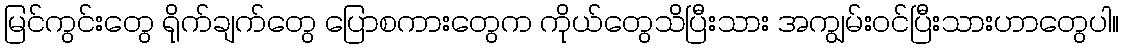
မြင်ကွင်းတွေ ရိုက်ချက်တွေ ပြောစကားတွေက ကိုယ်တွေသိပြီးသား အကျွမ်းဝင်ပြီးသားဟာတွေပါ။